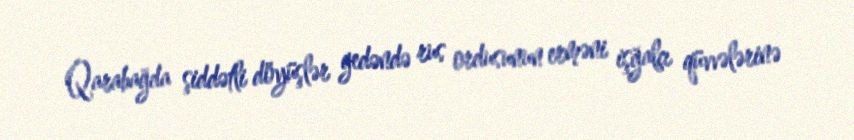
Qarabağda şiddətli döyüşlər gedəndə rus ordusunun erməni işğalçı qüvvələrinə